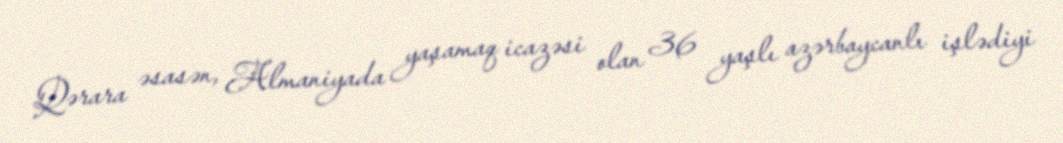
Qərara əsasən, Almaniyada yaşamaq icazəsi olan 36 yaşlı azərbaycanlı işlədiyi